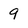
Character: 9